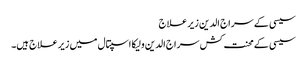
سیسی کے سراج الدین زیر علاج
سیسی کے محنت کش سراج الدین ولیکا اسپتال میں زیر علاج ہیں۔